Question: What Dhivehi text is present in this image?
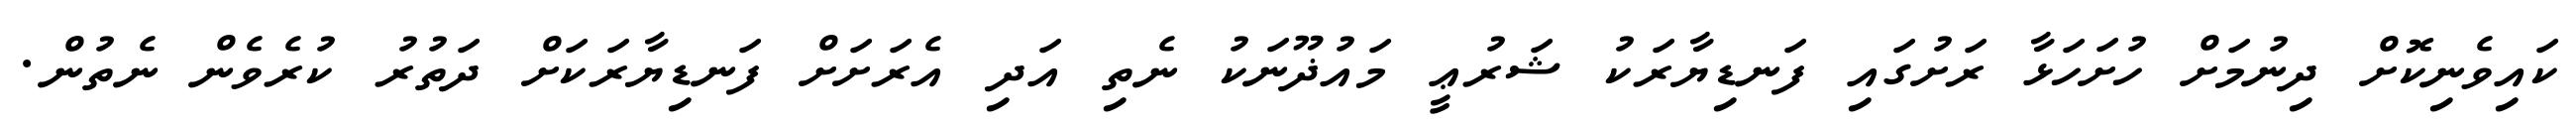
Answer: ކައިވެނިކޮށް ދިނުމަށް ހުށަހަޅާ ރަށުގައި ފަނޑިޔާރަކު ޝަރުޢީ މައުޛޫނަކު ނެތި އަދި އެރަށަށް ފަނޑިޔާރަކަށް ދަތުރު ކުރެވެން ނެތުން.